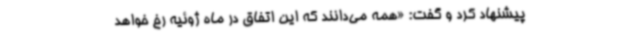
پیشنهاد کرد و گفت: «همه می‌دانند که این اتفاق در ماه ژوئیه رخ خواهد